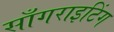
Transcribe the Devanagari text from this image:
साँगराइटिंग